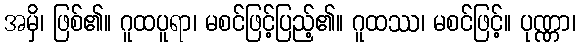
အမှိ၊ ဖြစ်၏။ ဂူထပူရာ၊ မစင်ဖြင့်ပြည့်၏။ ဂူထဿ၊ မစင်ဖြင့်။ ပုဏ္ဏာ၊